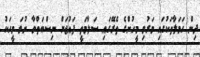
ދިން ހަމަލާތަކުގައި މަރުވި މީހުންގެ ތެރޭގައި ސަލާމަތީ ފައުޖަށް ނިސްބަތްވާ ނުވަ މީހަކު